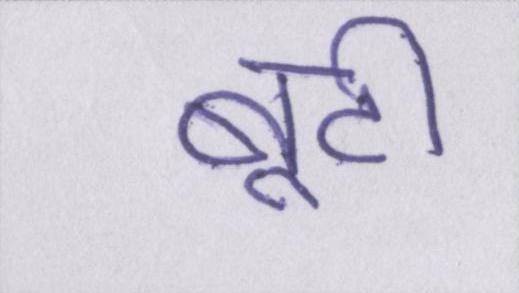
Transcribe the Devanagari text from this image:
बूटी